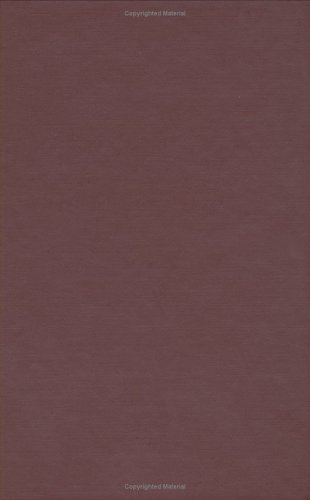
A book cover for Matrix Theory Vol. 1; F. R. Gantmacher; Science & Math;